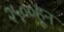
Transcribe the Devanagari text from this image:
२५००हून